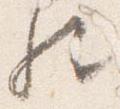
歟